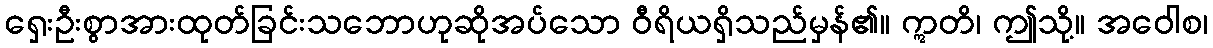
ရှေးဦးစွာအားထုတ်ခြင်းသဘောဟုဆိုအပ်သော ဝီရိယရှိသည်မှန်၏။ ဣတိ၊ ဤသို့။ အဝေါစ၊